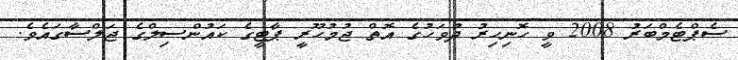
ސެޕްޓެމްބަރު 2008 ވީ ހޮނިހިރު ދުވަހުގެ އޮތް ޖުމުހޫރީ ޕާޓީގެ ކައުންސިލްގެ ޖަލްސާގައެވެ.